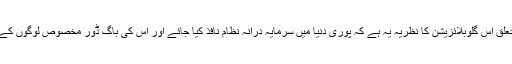
مال و دولت سے متعلق اس گلوبلائزیشن کا نظریہ یہ ہے کہ پوری دنیا میں سرمایہ درانہ نظام نافذ کیا جائے اور اس کی باگ ڈور مخصوص لوگوں کے ہاتھ میں ہی رہے۔